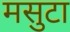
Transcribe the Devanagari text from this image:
मसुटा